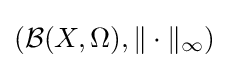
\left({\mathcal {B}}(X,\Omega ),\|\cdot \|_{\infty }\right)